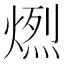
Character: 𤍅